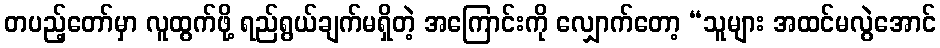
တပည့်တော်မှာ လူထွက်ဖို့ ရည်ရွယ်ချက်မရှိတဲ့ အကြောင်းကို လျှောက်တော့ “သူများ အထင်မလွဲအောင်